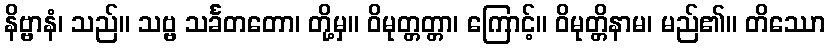
နိဗ္ဗာနံ၊ သည်။ သဗ္ဗ သင်္ခတတော၊ တို့မှ။ ဝိမုတ္တတ္တာ၊ ကြောင့်။ ဝိမုတ္တိနာမ၊ မည်၏။ တိဿော